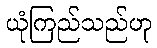
ယုံကြည်သည်ဟု